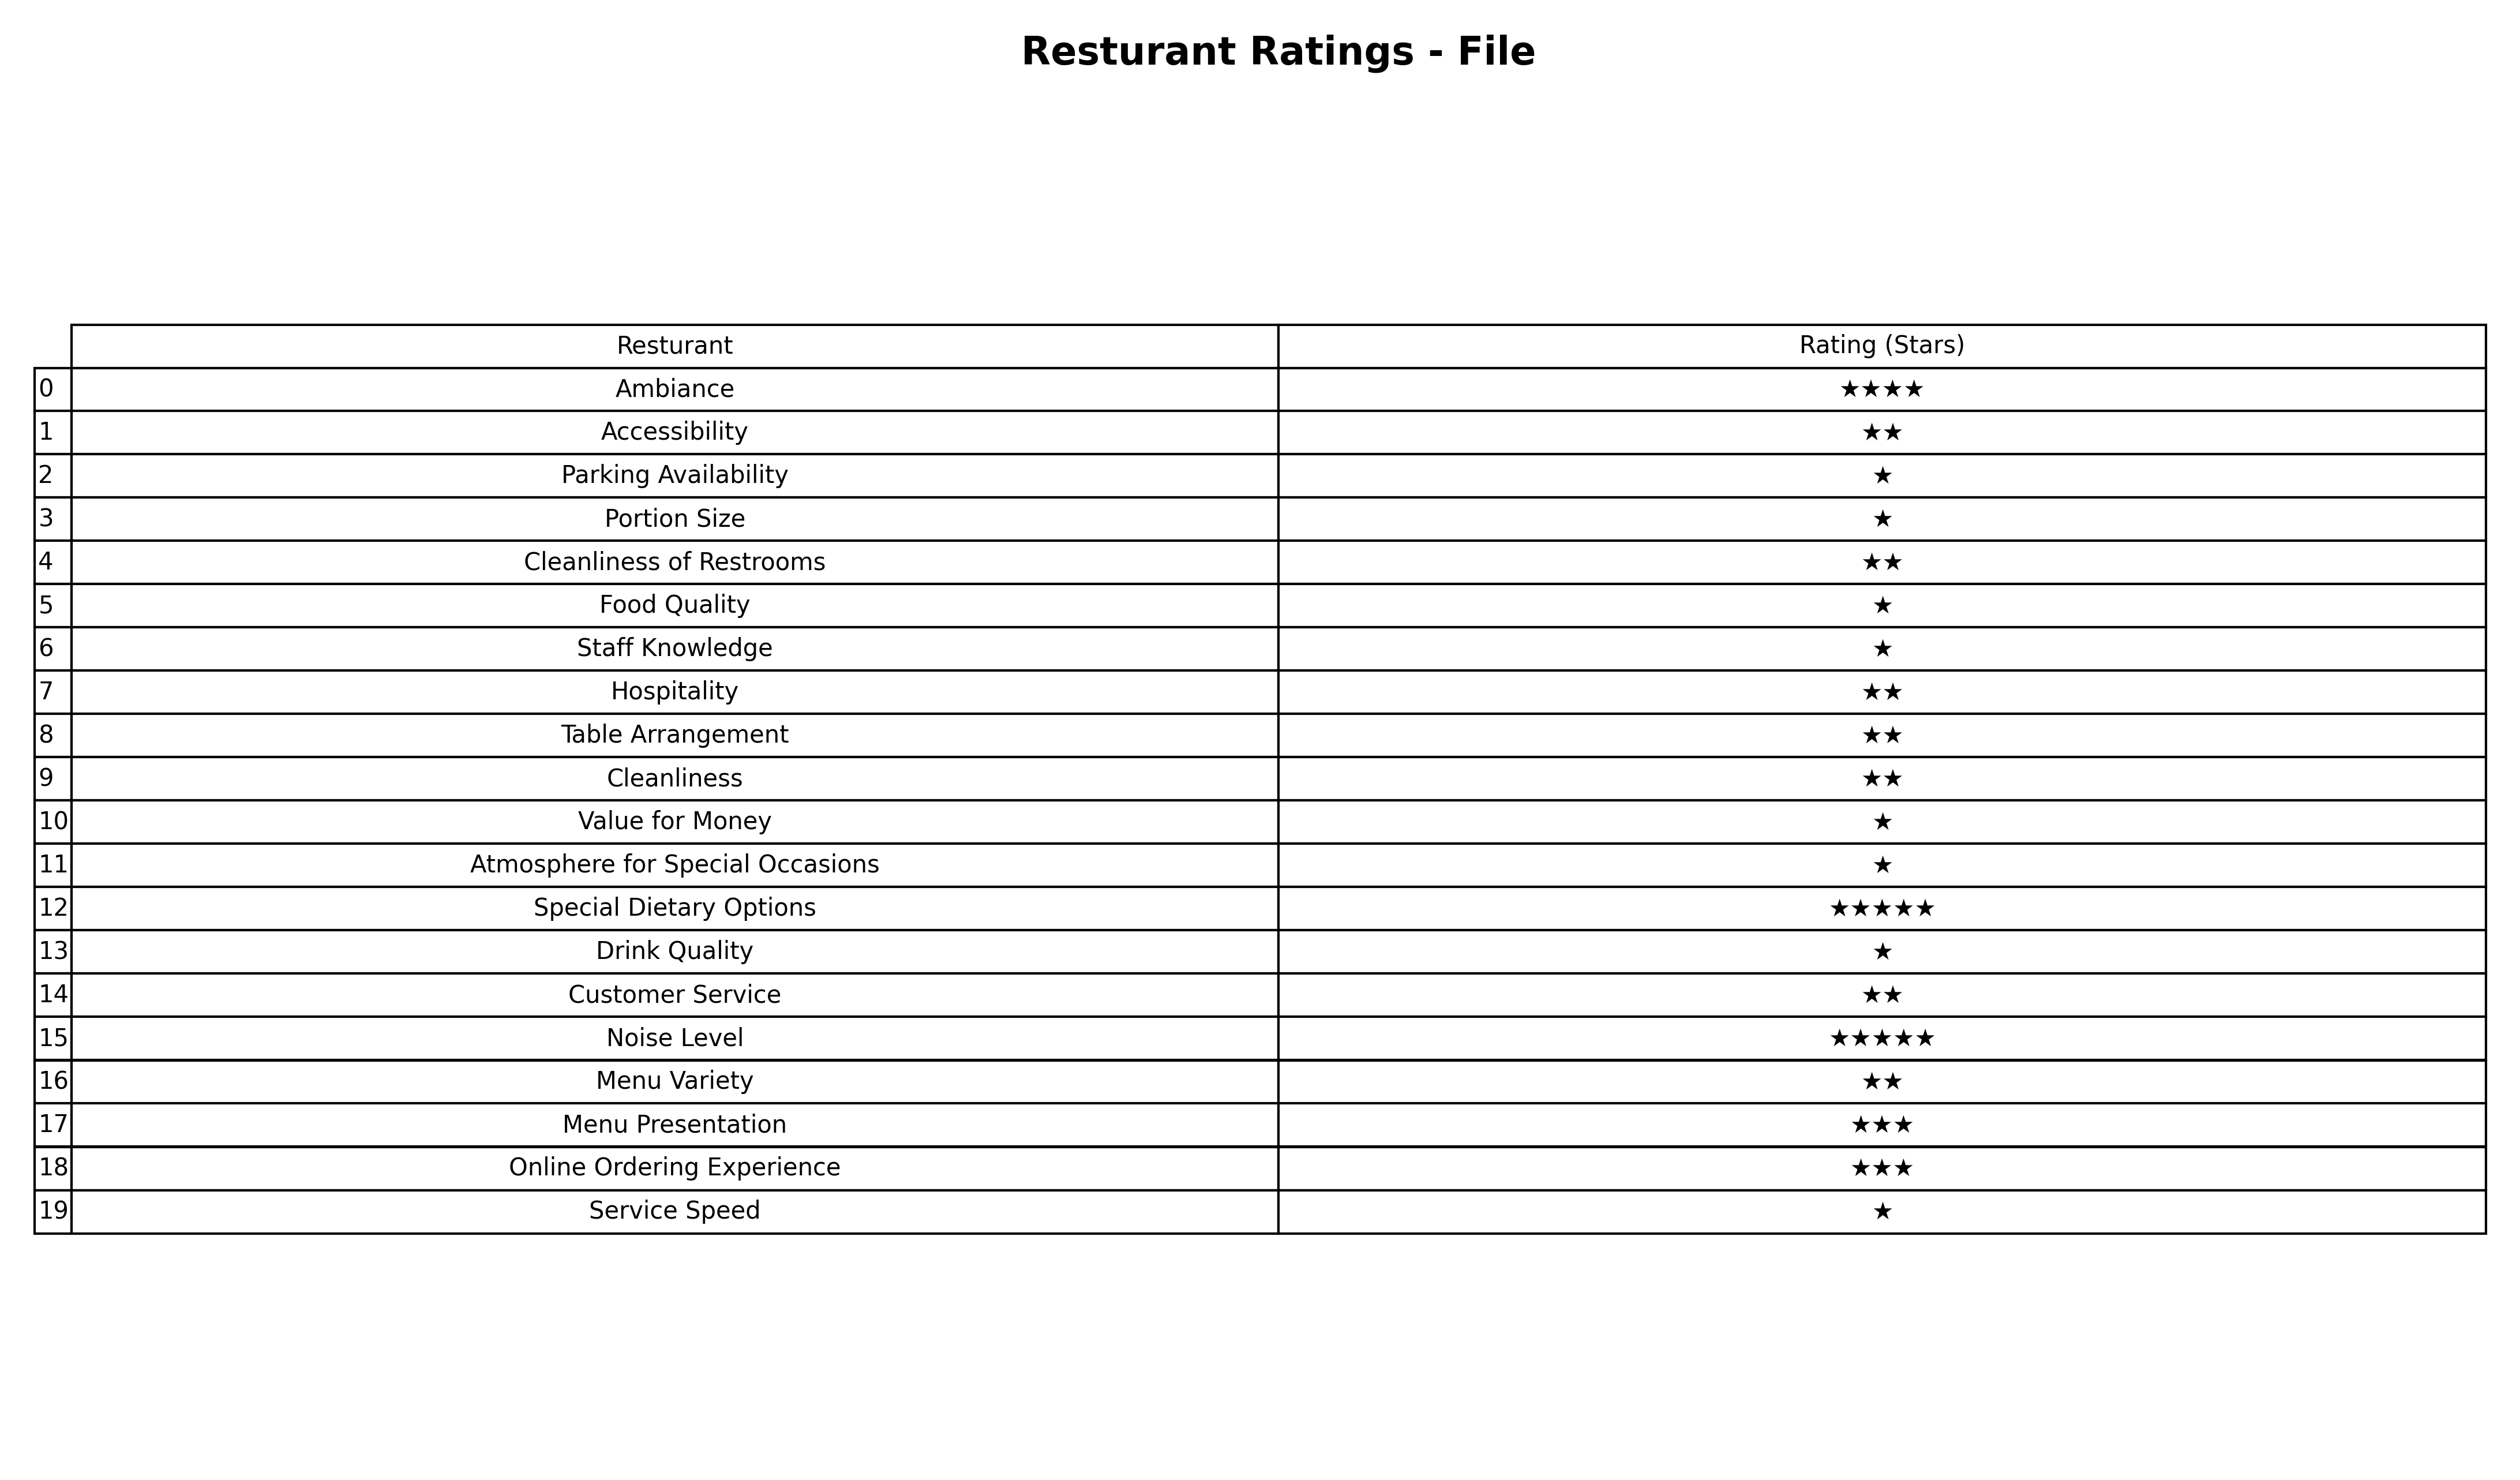
question: What are three star services?
answer: Menu PresentationOnline Ordering Experience